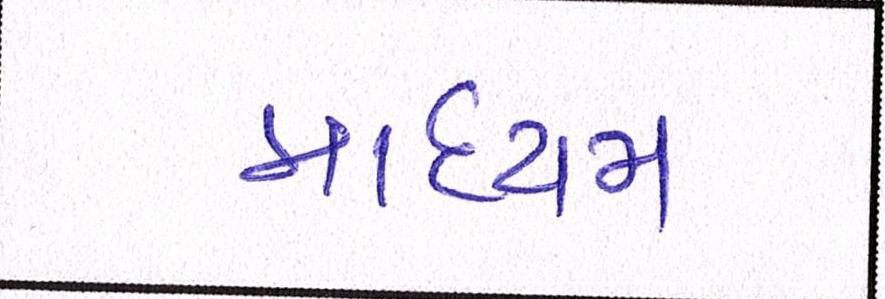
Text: માધ્યમ